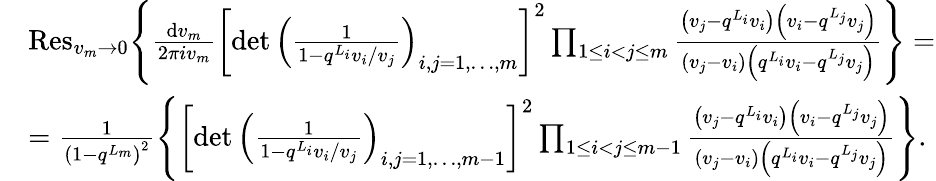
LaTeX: \begin{array}{rl}&{{\mathrm{Res}}_{v_{m}\rightarrow 0}\Bigg\{ \frac{{\mathrm{d}}v_{m}}{2\pi iv_{m}}\left[\operatorname*{det}\left(\frac{1}{1-q^{L_{i}}v_{i}/v_{j}}\right)_{i,j=1,\dots,m}\right]^{2}\prod_{1\leq i<j\leq m}\frac{\left(v_{j}-q^{L_{i}}v_{i}\right)\left(v_{i}-q^{L_{j}}v_{j}\right)}{\left(v_{j}-v_{i}\right)\left(q^{L_{i}}v_{i}-q^{L_{j}}v_{j}\right)}\Bigg\} =}\\ &{=\frac{1}{\left(1-q^{L_{m}}\right)^{2}}\Bigg\{ \left[\operatorname*{det}\left(\frac{1}{1-q^{L_{i}}v_{i}/v_{j}}\right)_{i,j=1,\dots,m-1}\right]^{2}\prod_{1\leq i<j\leq m-1}\frac{\left(v_{j}-q^{L_{i}}v_{i}\right)\left(v_{i}-q^{L_{j}}v_{j}\right)}{\left(v_{j}-v_{i}\right)\left(q^{L_{i}}v_{i}-q^{L_{j}}v_{j}\right)}\Bigg\} .}\end{array}